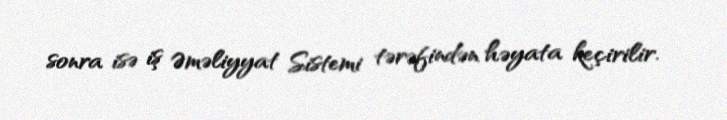
sonra isə iş Əməliyyat Sistemi tərəfindən həyata keçirilir.